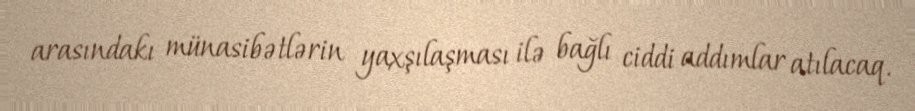
arasındakı münasibətlərin yaxşılaşması ilə bağlı ciddi addımlar atılacaq.